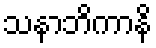
သနာဘိကာနိ